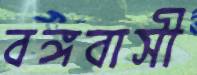
বঙ্গবাসী